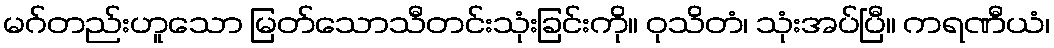
မဂ်တည်းဟူသော မြတ်သောသီတင်းသုံးခြင်းကို။ ဝုသိတံ၊ သုံးအပ်ပြီ။ ကရဏီယံ၊